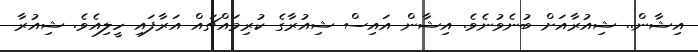
އިޝާން.. ޝިއުރާއަށް ބުނެވުނެވެ. އިޝާން އައިސް ޝިއުރާގެ ކުރިމައްޗައް އަރާފައި ހީލިއެވެ. ޝިއުރާ